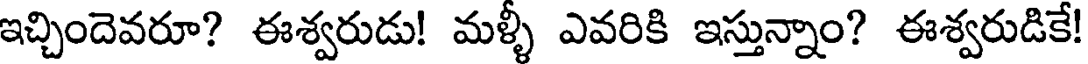
ఇచ్చిందెవరూ? ఈశ్వరుడు! మళ్ళీ ఎవరికి ఇస్తున్నాం? ఈశ్వరుడికే